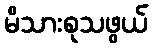
မိသားစုသဖွယ်